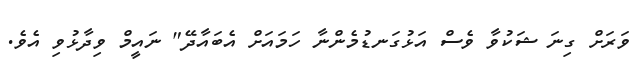
ވަރަށް ގިނަ ޝަކުވާ ވެސް އަޅުގަނޑުމެންނާ ހަމައަށް އެބައާދޭ" ނައީމް ވިދާޅުވި އެވެ.